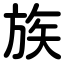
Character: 族